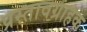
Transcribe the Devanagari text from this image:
प्रस्तावग्राहक